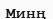
Минң